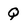
Character: Q